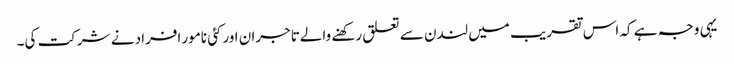
یہی وجہ ہے کہ اس تقریب میں لندن سے تعلق رکھنے والےتاجران اورکئی نامور افراد نے شرکت کی۔